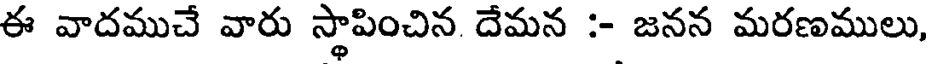
ఈ వాదముచే వారు స్థాపించిన దేమన :- జనన మరణములు,